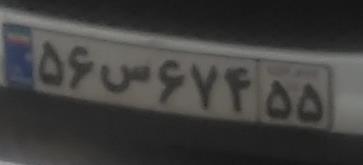
۵۶س۶۷۴۵۵